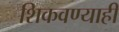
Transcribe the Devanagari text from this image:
शिकवण्याही